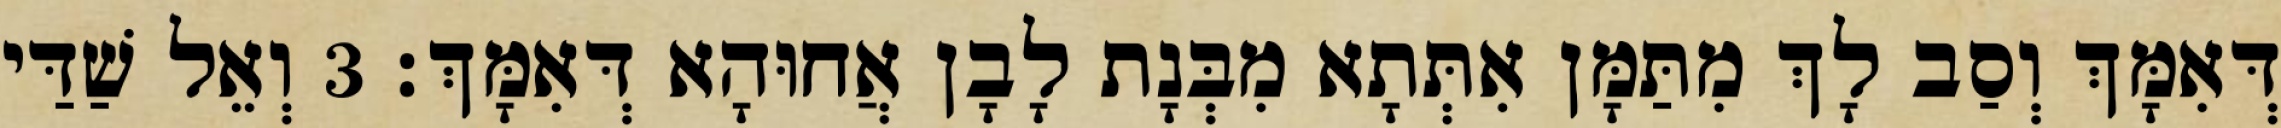
דְּאִמָּךְ וְסַב לָךְ מִתַּמָּן אִתְּתָא מִבְּנָת לָבָן אֲחוּהָא דְּאִמָּךְ׃ 3 וְאֵל שַׁדַּי